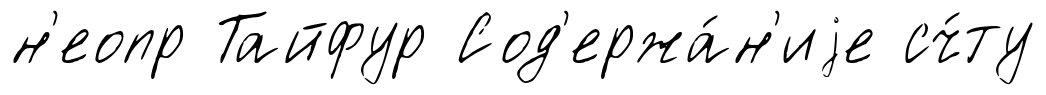
н'еопр Тайфур Сод'ержа́н'иjе сч́ту